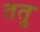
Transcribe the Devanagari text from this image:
ततु